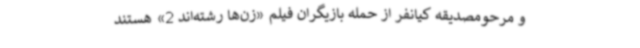
و مرحومصدیقه کیانفر از حمله بازیگران فیلم «زن‌ها رشته‌اند 2» هستند